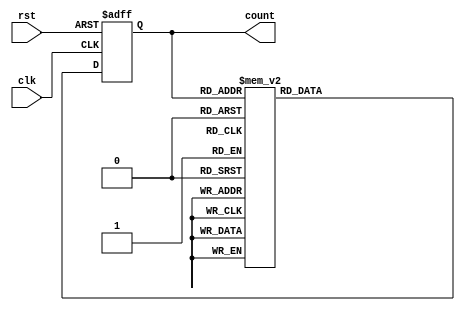
module Gray_Counter (
    input wire clk,
    input wire rst,
    output reg [3:0] count
);

reg [3:0] next_state;
always @ (posedge clk or posedge rst) begin
    if (rst) begin
        count <= 4'b0;
    end else begin
        count <= next_state;
    end
end

always @ (*) begin
    case (count)
        4'b0000: next_state = 4'b0001;
        4'b0001: next_state = 4'b0011;
        4'b0011: next_state = 4'b0010;
        4'b0010: next_state = 4'b0110;
        4'b0110: next_state = 4'b0111;
        4'b0111: next_state = 4'b0101;
        4'b0101: next_state = 4'b0100;
        4'b0100: next_state = 4'b1100;
        4'b1100: next_state = 4'b1101;
        4'b1101: next_state = 4'b1111;
        4'b1111: next_state = 4'b1110;
        4'b1110: next_state = 4'b1010;
        4'b1010: next_state = 4'b1011;
        4'b1011: next_state = 4'b1001;
        4'b1001: next_state = 4'b1000;
        4'b1000: next_state = 4'b0000;
        default: next_state = 4'bxxxx;
    endcase
end

endmodule